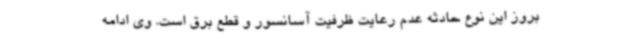
بروز این نوع حادثه عدم رعایت ظرفیت آسانسور و قطع برق است. وی ادامه